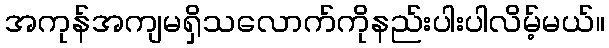
အကုန်အကျမရှိသလောက်ကိုနည်းပါးပါလိမ့်မယ်။